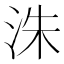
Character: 洙